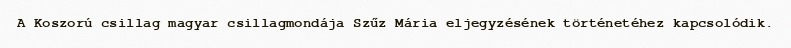
A Koszorú csillag magyar csillagmondája Szűz Mária eljegyzésének történetéhez kapcsolódik.